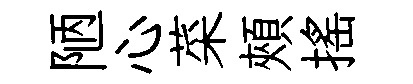
陋心菜頰摇